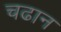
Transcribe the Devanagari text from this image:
चढान